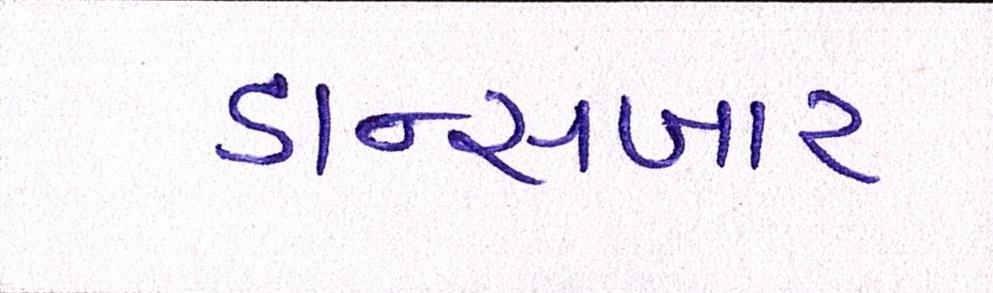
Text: ડાન્સબાર